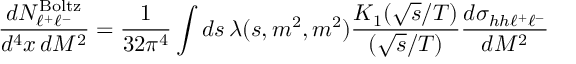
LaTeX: { \frac { d N _ { \ell ^ { + } \ell ^ { - } } ^ { \mathrm { B o l t z } } } { d ^ { 4 } x \, d M ^ { 2 } } } = { \frac { 1 } { 3 2 \pi ^ { 4 } } } \int d s \, \lambda ( s , m ^ { 2 } , m ^ { 2 } ) { \frac { K _ { 1 } ( \sqrt { s } / T ) } { ( \sqrt { s } / T ) } } { \frac { d \sigma _ { h h \ell ^ { + } \ell ^ { - } } } { d M ^ { 2 } } }